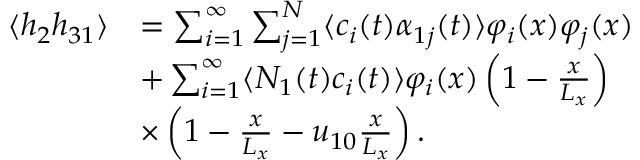
\begin{array} { r l } { \langle h _ { 2 } h _ { 3 1 } \rangle } & { = \sum _ { i = 1 } ^ { \infty } \sum _ { j = 1 } ^ { N } \langle c _ { i } ( t ) \alpha _ { 1 j } ( t ) \rangle \varphi _ { i } ( x ) \varphi _ { j } ( x ) } \\ & { + \sum _ { i = 1 } ^ { \infty } \langle N _ { 1 } ( t ) c _ { i } ( t ) \rangle \varphi _ { i } ( x ) \left( 1 - \frac { x } { L _ { x } } \right) } \\ & { \times \left( 1 - \frac { x } { L _ { x } } - u _ { 1 0 } \frac { x } { L _ { x } } \right) . } \end{array}